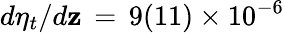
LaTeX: d\eta_{t}/d\mathbf{z}\, =\, 9(11)\times10^{-6}